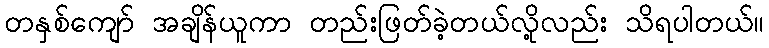
တနှစ်ကျော် အချိန်ယူကာ တည်းဖြတ်ခဲ့တယ်လို့လည်း သိရပါတယ်။